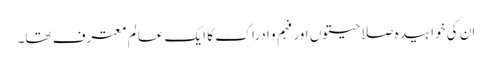
ان کی خوابیدہ صلاحیتوں اور فہم و ادراک کا ایک عالم معترف تھا۔